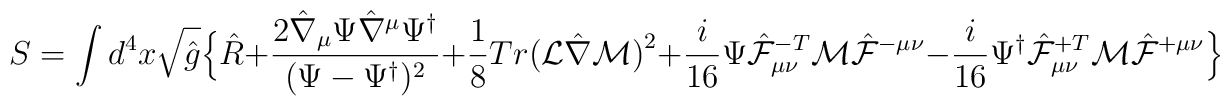
S = \int d^4x \sqrt{\hat g} \Bigl\{ \hat R+ \frac{2 \hat \nabla_{\mu} \Psi \hat \nabla^{\mu} \Psi^{\dagger}}{(\Psi - \Psi^{\dagger})^2}+ \frac{1}{8} Tr \bigl({\cal L} \hat \nabla {\cal M}\bigr)^2+ \frac{i}{16} \Psi \hat {\cal F}^{-T}_{\mu\nu} {\cal M}\hat{\cal F}^{-\mu\nu}- \frac{i}{16} \Psi^{\dagger} \hat{\cal F}^{+T}_{\mu\nu}{\cal M} \hat{\cal F}^{+\mu\nu} \Bigr\}